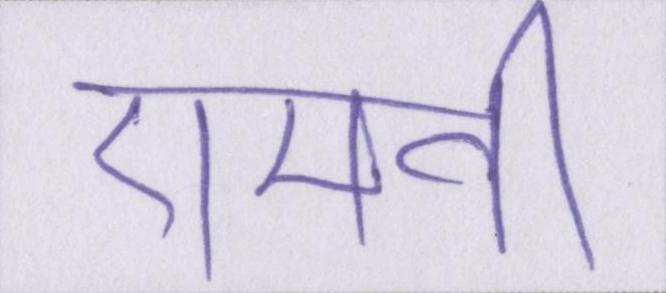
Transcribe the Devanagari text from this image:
एमवी